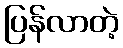
ပြန်လာတဲ့